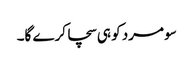
سو مرد کو ہی سچا کرے گا۔